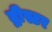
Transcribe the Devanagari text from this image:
द्नीस्टर